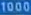
1000